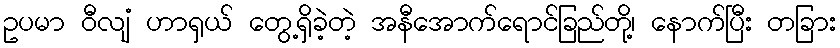
ဥပမာ ဝီလျံ ဟာရှယ် တွေ့ရှိခဲ့တဲ့ အနီအောက်ရောင်ခြည်တို့၊ နောက်ပြီး တခြား